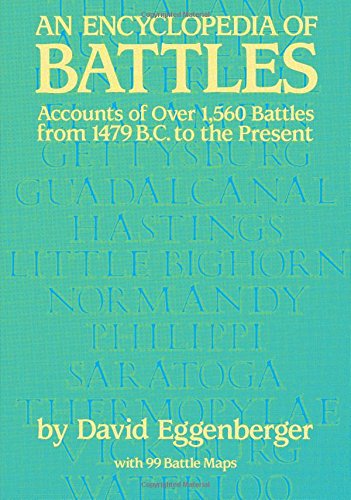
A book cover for An Encyclopedia of Battles: Accounts of Over 1,560 Battles from 1479 B.C. to the Present (Dover Military History, Weapons, Armor); David Eggenberger; Reference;